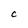
Character: C